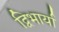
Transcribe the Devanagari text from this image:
द्विभार्या